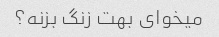
میخوای بهت زنگ بزنه؟